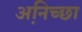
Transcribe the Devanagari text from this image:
अनि़च्छा